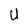
Character: U